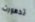
تدهورت